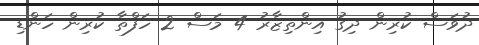
ދުވަސް ކުރިން ދިގު އިންތިޒާރު 4 މަސް 2 ހަފްތާ ކުރިން ހަންޑި